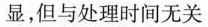
显，但与处理时间无关